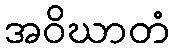
အဝိဃာတံ